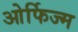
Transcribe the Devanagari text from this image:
ओर्फिज्म